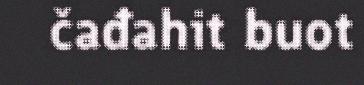
čađahit buot